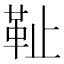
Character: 𩉮